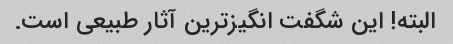
البته! این شگفت انگیزترین آثار طبیعی است.